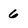
Character: 6